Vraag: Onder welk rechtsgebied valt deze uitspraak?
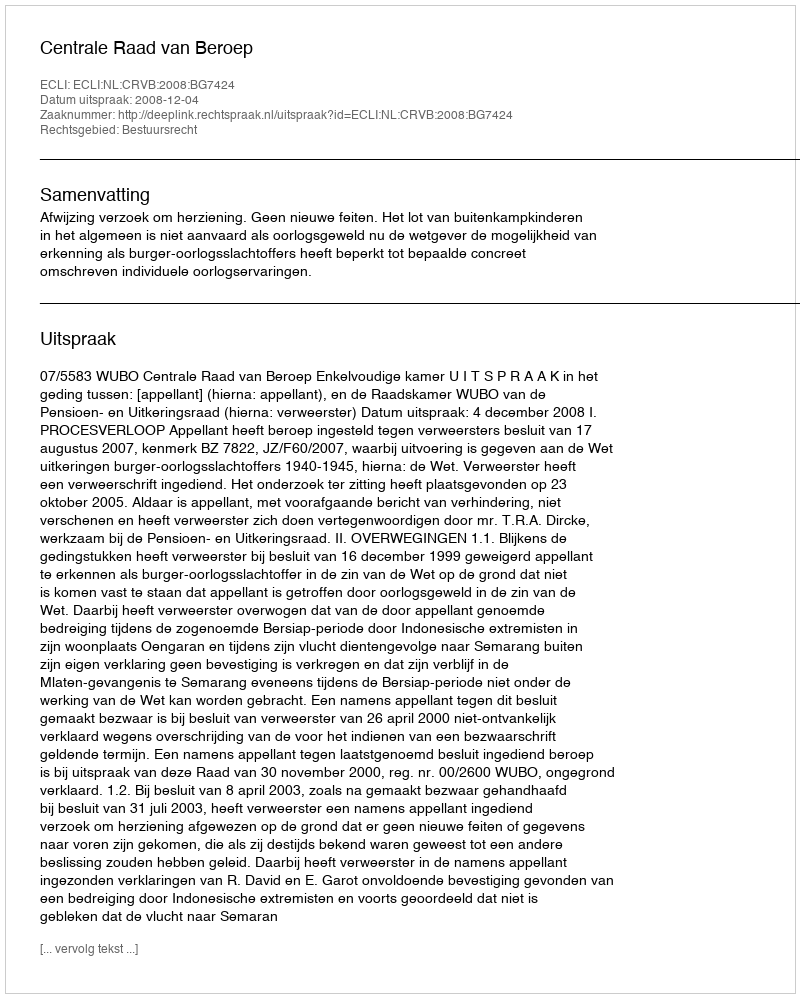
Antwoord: Bestuursrecht